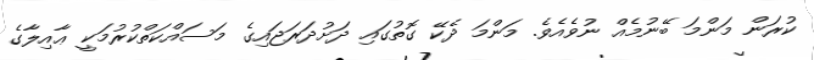
ކުރަން މަންމަ ބޭނުމެއް ނުވެއެވެ. މަންމަ ދެކޭ ގޮތުގައި ދަށުދަރަޖައިގެ މަސައްކަތްކުރުމަކީ ޢާއިލާގެ